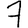
Digit: 7